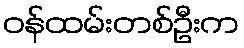
ဝန်ထမ်းတစ်ဦးက